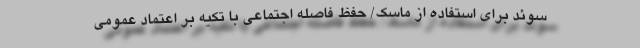
سوئد برای استفاده از ماسک/ حفظ فاصله اجتماعی با تکیه بر اعتماد عمومی